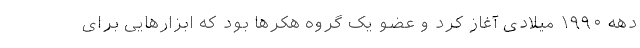
دهه ۱۹۹۰ میلادی آغاز کرد و عضو یک گروه هکرها بود که ابزارهایی برای